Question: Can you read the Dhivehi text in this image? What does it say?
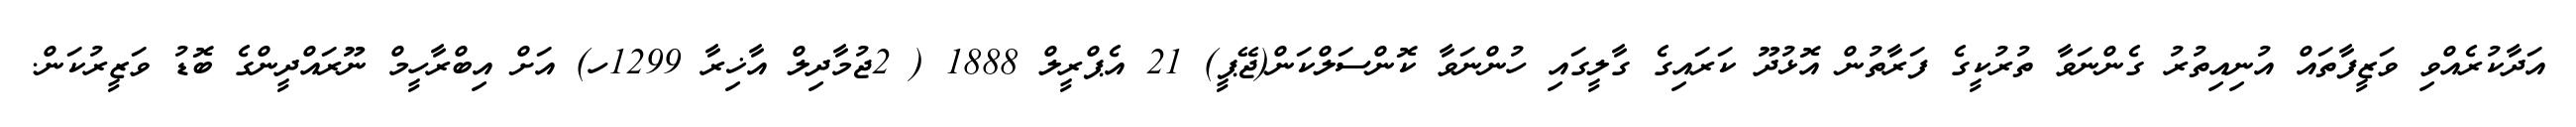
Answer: އަދާކުރެއްވި ވަޒީފާތައް އުނިއިތުރު ގެންނަވާ ތުރުކީގެ ފަރާތުން އޮޅުދޫ ކަރައިގެ ގާލީގައި ހުންނަވާ ކޮންސަލްކަން(ޖޭޕީ) 21 އެޕްރީލް 1888 ( 2ޖުމާދިލް އާޚިރާ 1299ހ) އަށް އިބްރާހީމް ނޫރައްދީންގެ ބޮޑު ވަޒީރުކަން.